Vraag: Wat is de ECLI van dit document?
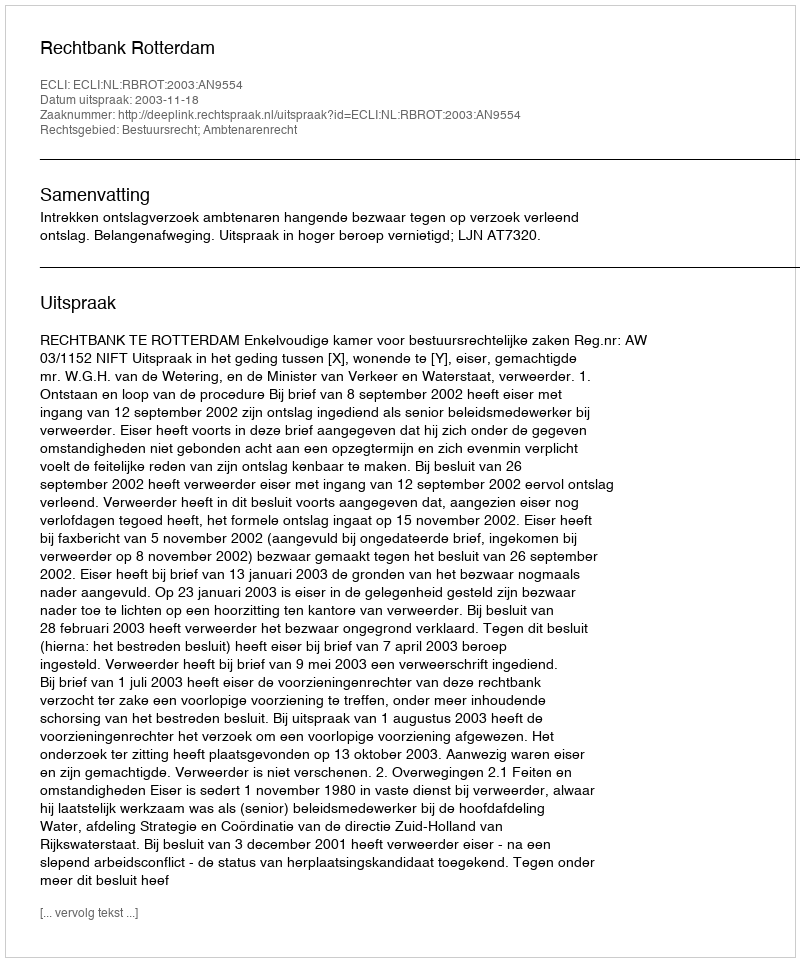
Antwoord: ECLI:NL:RBROT:2003:AN9554